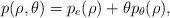
LaTeX: \begin{align*}p(\rho,\theta)=p_e(\rho)+ \theta p_\theta(\rho),\end{align*}